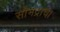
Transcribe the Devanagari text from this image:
सौभद्राचा